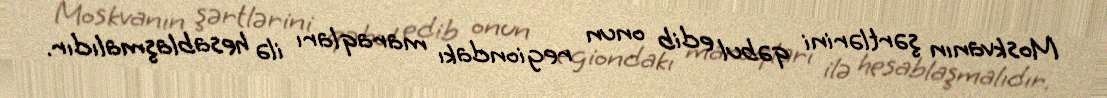
Moskvanın şərtlərini qəbul edib onun regiondakı maraqları ilə hesablaşmalıdır.